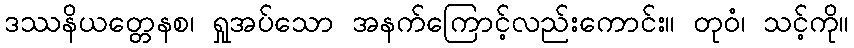
ဒဿနိယတ္တေနစ၊ ရှုအပ်သော အနက်ကြောင့်လည်းကောင်း။ တုဝံ၊ သင့်ကို။